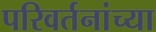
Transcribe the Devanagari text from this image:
परिवर्तनांच्या